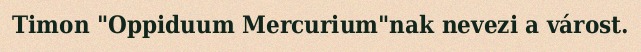
Timon "Oppiduum Mercurium"nak nevezi a várost.